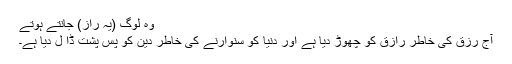
وہ لوگ (یہ راز) جانتے ہوتے
آج رزق کی خاطر رازق کو چھوڑ دیا ہے اور دنیا کو سنوارنے کی خاطر دین کو پس پشت ڈا ل دیا ہے۔